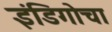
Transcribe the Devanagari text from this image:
इंडिगोचा